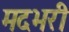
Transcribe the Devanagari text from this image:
मदभरी